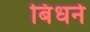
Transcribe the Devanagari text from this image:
बिंधने